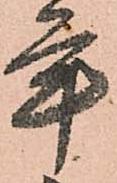
年